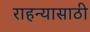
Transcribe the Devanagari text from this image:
राहन्यासाठी